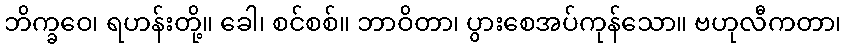
ဘိက္ခဝေ၊ ရဟန်းတို့။ ခေါ၊ စင်စစ်။ ဘာဝိတာ၊ ပွားစေအပ်ကုန်သော။ ဗဟုလီကတာ၊